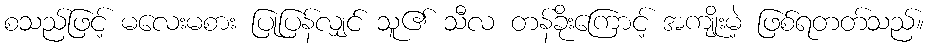
စသည်ဖြင့် မလေးမစား ပြုပြန်လျှင် သူ၏ သီလ တန်ခိုးကြောင့် အကျိုးမဲ့ ဖြစ်ရတတ်သည်။